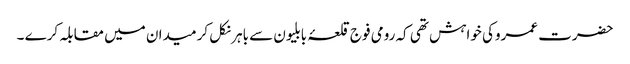
حضرت عمروکی خواہش تھی کہ رومی فوج قلعۂ بابلیون سے باہر نکل کر میدان میں مقابلہ کرے ۔